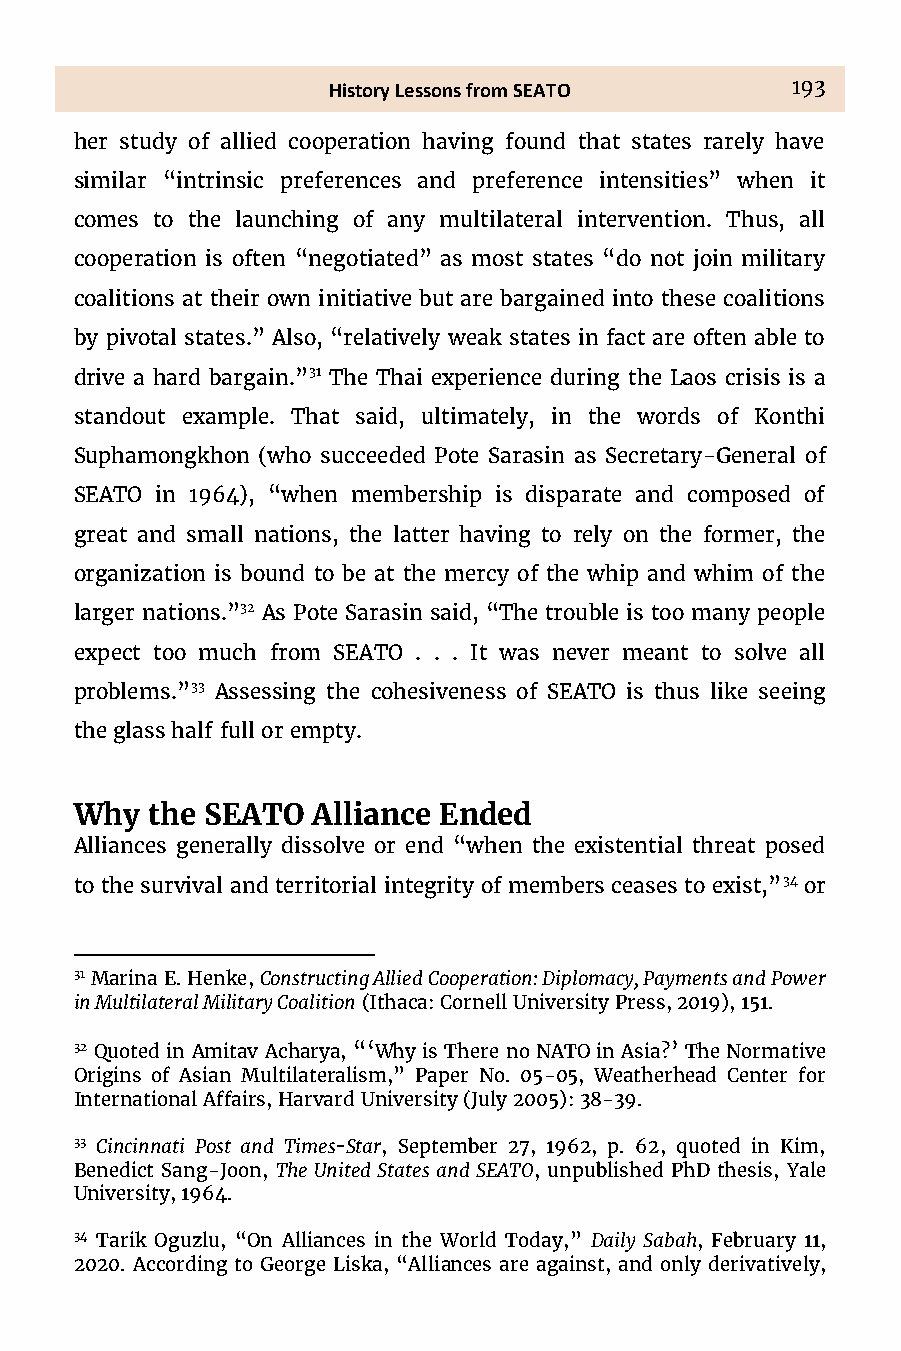
History Lessons from SEATO    193
 her study of allied cooperation having found that states rarely have
 similar “intrinsic preferences and preference intensities” when it
 comes to the launching of any multilateral intervention. Thus, all
 cooperation is often “negotiated” as most states “do not join military
 coalitions at their own initiative but are bargained into these coalitions
 by pivotal states.” Also, “relatively weak states in fact are often able to
 drive a hard bargain.”31 The Thai experience during the Laos crisis is a
 standout example. That said, ultimately, in the words of Konthi
 Suphamongkhon (who succeeded Pote Sarasin as Secretary-General of
 SEATO in 1964), “when membership is disparate and composed of
 great and small nations, the latter having to rely on the former, the
 organization is bound to be at the mercy of the whip and whim of the
 larger nations.”32 As Pote Sarasin said, “The trouble is too many people
 expect too much from SEATO . . . It was never meant to solve all
 problems.”33 Assessing the cohesiveness of SEATO is thus like seeing
 the glass half full or empty.
 Why  the SEATO  Alliance Ended
 Alliances generally dissolve or end “when the existential threat posed
 to the survival and territorial integrity of members ceases to exist,”34 or
 31 Marina E. Henke, Constructing Allied Cooperation: Diplomacy, Payments and Power
 in Multilateral Military Coalition (Ithaca: Cornell University Press, 2019), 151.
 32 Quoted in Amitav Acharya, “‘Why is There no NATO in Asia?’ The Normative
 Origins of Asian Multilateralism,” Paper No. 05-05, Weatherhead Center for
 International Affairs, Harvard University (July 2005): 38-39.
 33 Cincinnati Post and Times-Star, September 27, 1962, p. 62, quoted in Kim,
 Benedict Sang-Joon, The United States and SEATO, unpublished PhD thesis, Yale
 University, 1964.
 34 Tarik Oguzlu, “On Alliances in the World Today,” Daily Sabah, February 11,
 2020. According to George Liska, “Alliances are against, and only derivatively,